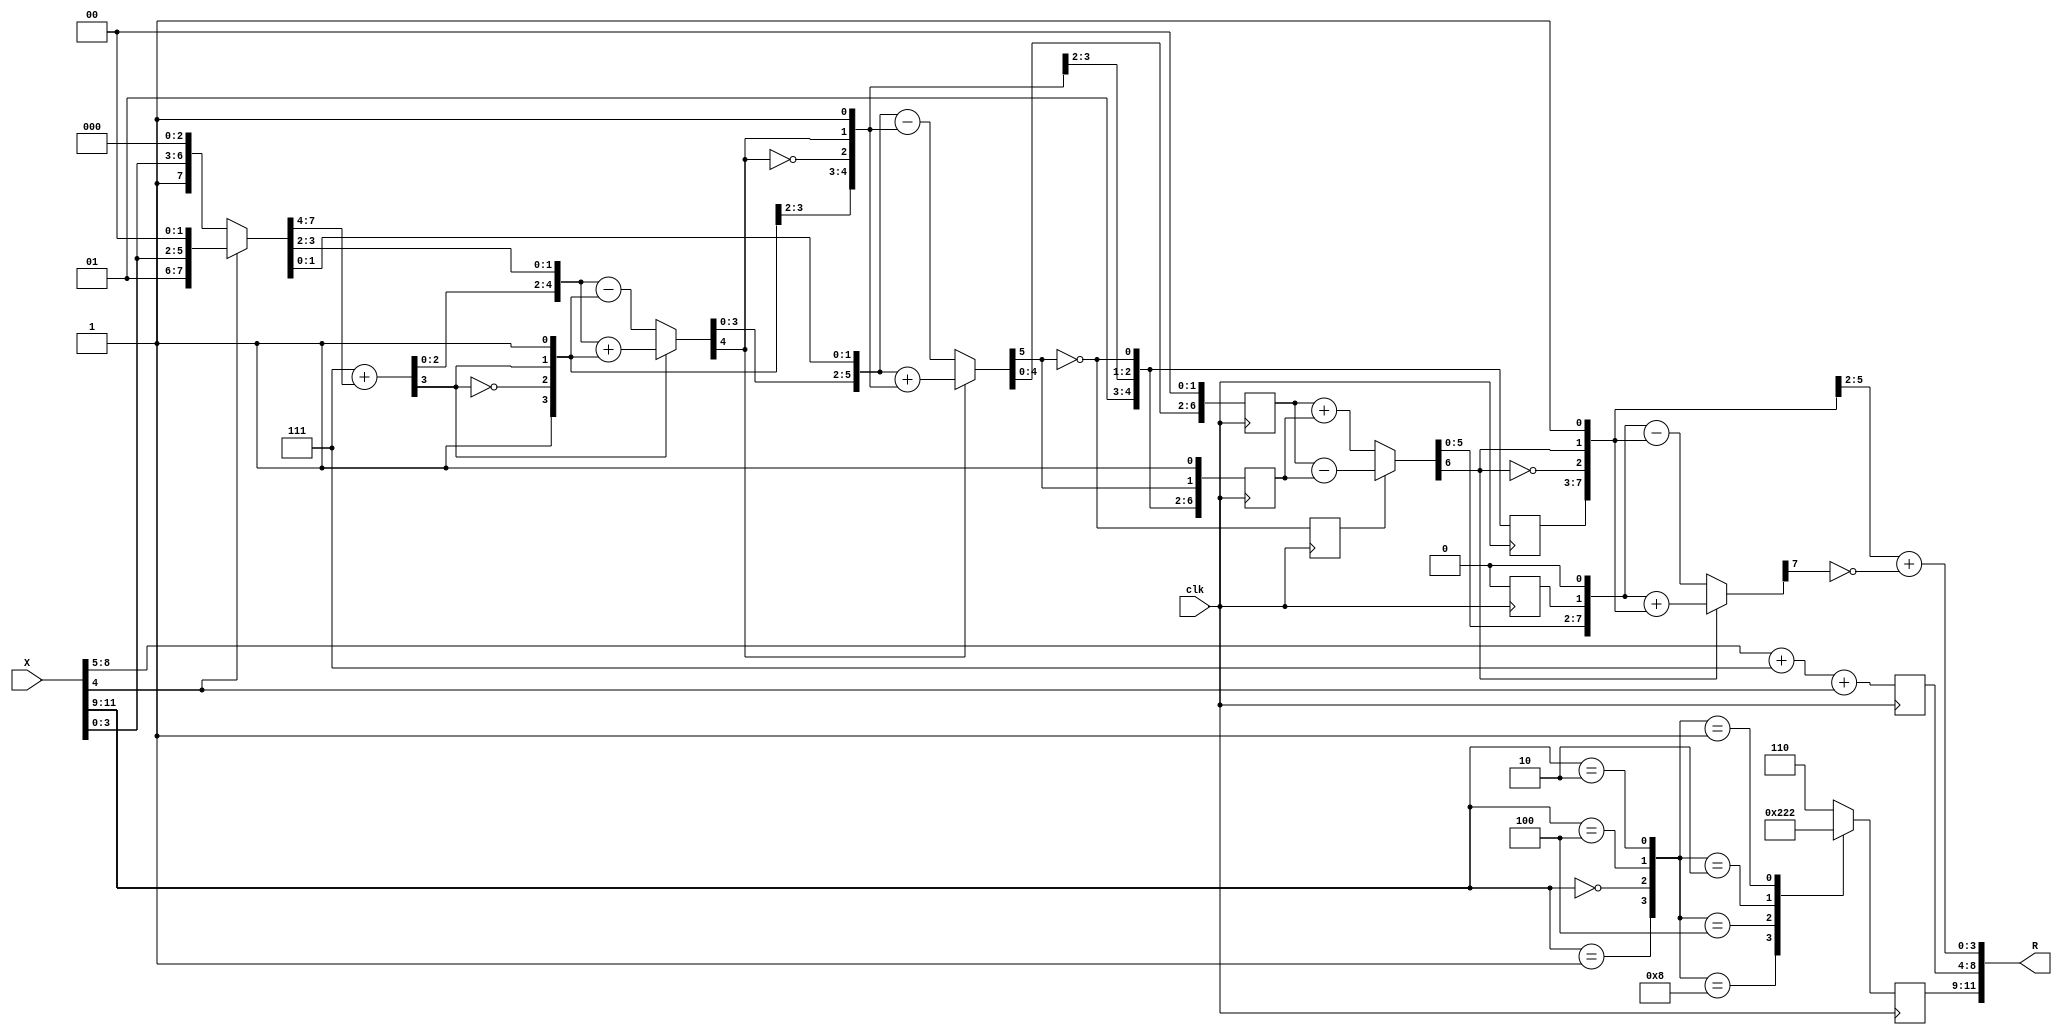
module fsqrt#(parameter ID=1)
  (input  clk,
   input  [11:0] X,
   output [11:0] R);
  wire [3:0] fracx;
  wire [4:0] ern0;
  wire [2:0] xsx;
  wire [4:0] ern1;
  wire [4:0] ern1_d1;
  wire [7:0] fracxnorm;
  wire [1:0] s0;
  wire [7:0] t1;
  wire d1;
  wire [8:0] t1s;
  wire [5:0] t1s_h;
  wire [2:0] t1s_l;
  wire [5:0] u1;
  wire [5:0] t3_h;
  wire [7:0] t2;
  wire [2:0] s1;
  wire d2;
  wire [8:0] t2s;
  wire [6:0] t2s_h;
  wire [1:0] t2s_l;
  wire [6:0] u2;
  wire [6:0] t4_h;
  wire [7:0] t3;
  wire [3:0] s2;
  wire d3;
  wire d3_d1;
  wire [8:0] t3s;
  wire [7:0] t3s_h;
  wire [7:0] t3s_h_d1;
  wire t3s_l;
  wire t3s_l_d1;
  wire [7:0] u3;
  wire [7:0] u3_d1;
  wire [7:0] t5_h;
  wire [7:0] t4;
  wire [4:0] s3;
  wire [4:0] s3_d1;
  wire d4;
  wire [8:0] t4s;
  wire [8:0] t4s_h;
  wire [8:0] u4;
  wire [8:0] t6_h;
  wire [7:0] t5;
  wire [5:0] s4;
  wire d6;
  wire [6:0] mr;
  wire [3:0] fr;
  wire round;
  wire [3:0] frrnd;
  wire [8:0] rn2;
  wire [2:0] xsr;
  wire [2:0] xsr_d1;
  wire [3:0] n12_o;
  wire [3:0] n13_o;
  wire [4:0] n15_o;
  wire [2:0] n16_o;
  wire [4:0] n18_o;
  wire n19_o;
  wire [4:0] n20_o;
  wire [4:0] n21_o;
  wire [4:0] n23_o;
  wire [7:0] n25_o;
  wire n26_o;
  wire n27_o;
  wire [7:0] n28_o;
  wire [5:0] n30_o;
  wire [7:0] n32_o;
  wire [3:0] n34_o;
  wire [3:0] n36_o;
  wire [3:0] n37_o;
  wire [7:0] n38_o;
  wire n39_o;
  wire n40_o;
  wire [8:0] n42_o;
  wire [5:0] n43_o;
  wire [2:0] n44_o;
  wire [2:0] n46_o;
  wire [3:0] n47_o;
  wire n48_o;
  wire [4:0] n49_o;
  wire [5:0] n51_o;
  wire [5:0] n52_o;
  wire [5:0] n53_o;
  wire [5:0] n54_o;
  wire [4:0] n55_o;
  wire [7:0] n56_o;
  wire [2:0] n57_o;
  wire n58_o;
  wire n59_o;
  wire [8:0] n61_o;
  wire [6:0] n62_o;
  wire [1:0] n63_o;
  wire [3:0] n65_o;
  wire [4:0] n66_o;
  wire n67_o;
  wire [5:0] n68_o;
  wire [6:0] n70_o;
  wire [6:0] n71_o;
  wire [6:0] n72_o;
  wire [6:0] n73_o;
  wire [5:0] n74_o;
  wire [7:0] n75_o;
  wire [3:0] n76_o;
  wire n77_o;
  wire n78_o;
  wire [8:0] n80_o;
  wire [7:0] n81_o;
  wire n82_o;
  wire [4:0] n84_o;
  wire [5:0] n85_o;
  wire n86_o;
  wire [6:0] n87_o;
  wire [7:0] n89_o;
  wire [7:0] n90_o;
  wire [7:0] n91_o;
  wire [7:0] n92_o;
  wire [6:0] n93_o;
  wire [7:0] n94_o;
  wire [4:0] n95_o;
  wire n96_o;
  wire n97_o;
  wire [8:0] n99_o;
  wire [5:0] n101_o;
  wire [6:0] n102_o;
  wire n103_o;
  wire [7:0] n104_o;
  wire [8:0] n106_o;
  wire [8:0] n107_o;
  wire [8:0] n108_o;
  wire [8:0] n109_o;
  wire [7:0] n110_o;
  wire [5:0] n111_o;
  wire n112_o;
  wire n113_o;
  wire [6:0] n114_o;
  wire [3:0] n115_o;
  wire n116_o;
  wire [3:0] n118_o;
  wire [3:0] n119_o;
  wire [8:0] n120_o;
  wire n123_o;
  wire n126_o;
  wire n129_o;
  wire n132_o;
  wire [3:0] n134_o;
  reg [2:0] n135_o;
  wire [11:0] n136_o;
  reg [4:0] n137_q;
  reg n138_q;
  reg [7:0] n139_q;
  reg n140_q;
  reg [7:0] n141_q;
  reg [4:0] n142_q;
  reg [2:0] n143_q;
  assign R = n136_o;
  assign fracx = n12_o; // (signal)
  assign ern0 = n15_o; // (signal)
  assign xsx = n16_o; // (signal)
  assign ern1 = n21_o; // (signal)
  assign ern1_d1 = n137_q; // (signal)
  assign fracxnorm = n28_o; // (signal)
  assign s0 = 2'b01; // (signal)
  assign t1 = n38_o; // (signal)
  assign d1 = n40_o; // (signal)
  assign t1s = n42_o; // (signal)
  assign t1s_h = n43_o; // (signal)
  assign t1s_l = n44_o; // (signal)
  assign u1 = n51_o; // (signal)
  assign t3_h = n53_o; // (signal)
  assign t2 = n56_o; // (signal)
  assign s1 = n57_o; // (signal)
  assign d2 = n59_o; // (signal)
  assign t2s = n61_o; // (signal)
  assign t2s_h = n62_o; // (signal)
  assign t2s_l = n63_o; // (signal)
  assign u2 = n70_o; // (signal)
  assign t4_h = n72_o; // (signal)
  assign t3 = n75_o; // (signal)
  assign s2 = n76_o; // (signal)
  assign d3 = n78_o; // (signal)
  assign d3_d1 = n138_q; // (signal)
  assign t3s = n80_o; // (signal)
  assign t3s_h = n81_o; // (signal)
  assign t3s_h_d1 = n139_q; // (signal)
  assign t3s_l = n82_o; // (signal)
  assign t3s_l_d1 = n140_q; // (signal)
  assign u3 = n89_o; // (signal)
  assign u3_d1 = n141_q; // (signal)
  assign t5_h = n91_o; // (signal)
  assign t4 = n94_o; // (signal)
  assign s3 = n95_o; // (signal)
  assign s3_d1 = n142_q; // (signal)
  assign d4 = n97_o; // (signal)
  assign t4s = n99_o; // (signal)
  assign t4s_h = t4s; // (signal)
  assign u4 = n106_o; // (signal)
  assign t6_h = n108_o; // (signal)
  assign t5 = n110_o; // (signal)
  assign s4 = n111_o; // (signal)
  assign d6 = n113_o; // (signal)
  assign mr = n114_o; // (signal)
  assign fr = n115_o; // (signal)
  assign round = n116_o; // (signal)
  assign frrnd = n119_o; // (signal)
  assign rn2 = n120_o; // (signal)
  assign xsr = n135_o; // (signal)
  assign xsr_d1 = n143_q; // (signal)
  assign n12_o = X[3:0];
  assign n13_o = X[8:5];
  assign n15_o = {1'b0, n13_o};
  assign n16_o = X[11:9];
  assign n18_o = ern0 + 5'b00111;
  assign n19_o = X[4];
  assign n20_o = {4'b0, n19_o};  //  uext
  assign n21_o = n18_o + n20_o;
  assign n23_o = {1'b1, fracx};
  assign n25_o = {n23_o, 3'b000};
  assign n26_o = X[4];
  assign n27_o = ~n26_o;
  assign n28_o = n27_o ? n25_o : n32_o;
  assign n30_o = {2'b01, fracx};
  assign n32_o = {n30_o, 2'b00};
  assign n34_o = fracxnorm[7:4];
  assign n36_o = 4'b0111 + n34_o;
  assign n37_o = fracxnorm[3:0];
  assign n38_o = {n36_o, n37_o};
  assign n39_o = t1[7];
  assign n40_o = ~n39_o;
  assign n42_o = {t1, 1'b0};
  assign n43_o = t1s[8:3];
  assign n44_o = t1s[2:0];
  assign n46_o = {1'b0, s0};
  assign n47_o = {n46_o, d1};
  assign n48_o = ~d1;
  assign n49_o = {n47_o, n48_o};
  assign n51_o = {n49_o, 1'b1};
  assign n52_o = t1s_h - u1;
  assign n53_o = d1 ? n52_o : n54_o;
  assign n54_o = t1s_h + u1;
  assign n55_o = t3_h[4:0];
  assign n56_o = {n55_o, t1s_l};
  assign n57_o = {s0, d1};
  assign n58_o = t2[7];
  assign n59_o = ~n58_o;
  assign n61_o = {t2, 1'b0};
  assign n62_o = t2s[8:2];
  assign n63_o = t2s[1:0];
  assign n65_o = {1'b0, s1};
  assign n66_o = {n65_o, d2};
  assign n67_o = ~d2;
  assign n68_o = {n66_o, n67_o};
  assign n70_o = {n68_o, 1'b1};
  assign n71_o = t2s_h - u2;
  assign n72_o = d2 ? n71_o : n73_o;
  assign n73_o = t2s_h + u2;
  assign n74_o = t4_h[5:0];
  assign n75_o = {n74_o, t2s_l};
  assign n76_o = {s1, d2};
  assign n77_o = t3[7];
  assign n78_o = ~n77_o;
  assign n80_o = {t3, 1'b0};
  assign n81_o = t3s[8:1];
  assign n82_o = t3s[0];
  assign n84_o = {1'b0, s2};
  assign n85_o = {n84_o, d3};
  assign n86_o = ~d3;
  assign n87_o = {n85_o, n86_o};
  assign n89_o = {n87_o, 1'b1};
  assign n90_o = t3s_h_d1 - u3_d1;
  assign n91_o = d3_d1 ? n90_o : n92_o;
  assign n92_o = t3s_h_d1 + u3_d1;
  assign n93_o = t5_h[6:0];
  assign n94_o = {n93_o, t3s_l_d1};
  assign n95_o = {s2, d3};
  assign n96_o = t4[7];
  assign n97_o = ~n96_o;
  assign n99_o = {t4, 1'b0};
  assign n101_o = {1'b0, s3_d1};
  assign n102_o = {n101_o, d4};
  assign n103_o = ~d4;
  assign n104_o = {n102_o, n103_o};
  assign n106_o = {n104_o, 1'b1};
  assign n107_o = t4s_h - u4;
  assign n108_o = d4 ? n107_o : n109_o;
  assign n109_o = t4s_h + u4;
  assign n110_o = t6_h[7:0];
  assign n111_o = {s3_d1, d4};
  assign n112_o = t5[7];
  assign n113_o = ~n112_o;
  assign n114_o = {s4, d6};
  assign n115_o = mr[4:1];
  assign n116_o = mr[0];
  assign n118_o = {3'b000, round};
  assign n119_o = fr + n118_o;
  assign n120_o = {ern1_d1, frrnd};
  assign n123_o = xsx == 3'b010;
  assign n126_o = xsx == 3'b100;
  assign n129_o = xsx == 3'b000;
  assign n132_o = xsx == 3'b001;
  assign n134_o = {n132_o, n129_o, n126_o, n123_o};
  always @*
    case (n134_o)
      4'b1000: n135_o = 3'b001;
      4'b0100: n135_o = 3'b000;
      4'b0010: n135_o = 3'b100;
      4'b0001: n135_o = 3'b010;
      default: n135_o = 3'b110;
    endcase
  assign n136_o = {xsr_d1, rn2};
  always @(posedge clk)
    n137_q <= ern1;
  always @(posedge clk)
    n138_q <= d3;
  always @(posedge clk)
    n139_q <= t3s_h;
  always @(posedge clk)
    n140_q <= t3s_l;
  always @(posedge clk)
    n141_q <= u3;
  always @(posedge clk)
    n142_q <= s3;
  always @(posedge clk)
    n143_q <= xsr;
endmodule